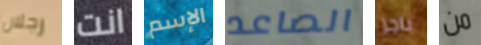
رجلان انت الإسم الصاعد باجز من